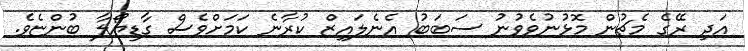
އަދި ރޭގެ މެޗުން މޮޅުނުވެވުނު ސަބަބު އެނެލައިޒް ކުރާނެ ކަމަށްވެސް ގާޑިޔޯލާ ބުންޏެވެ.